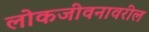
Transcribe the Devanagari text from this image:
लोकजीवनावरील